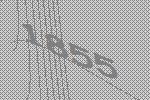
1855